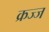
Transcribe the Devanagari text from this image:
क्रज्ज